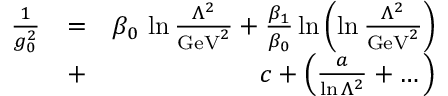
\begin{array} { r l r } { { \frac { 1 } { g _ { 0 } ^ { 2 } } } } & { = } & { \beta _ { 0 } \, \ln { \frac { \Lambda ^ { 2 } } { \mathrm { G e V } ^ { 2 } } } + { \frac { \beta _ { 1 } } { \beta _ { 0 } } } \ln \left( \ln { \frac { \Lambda ^ { 2 } } { \mathrm { G e V } ^ { 2 } } } \right) } \\ & { + } & { c + \left( { \frac { a } { \ln \Lambda ^ { 2 } } } + \dots \right) } \end{array}